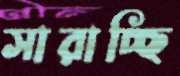
সারাচ্ছি